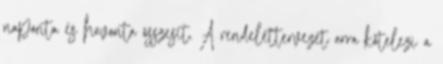
naponta és havonta összesít. A rendelettervezet arra kötelezi a